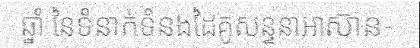
ឆ្នាំ នៃទំនាក់ទំនងដៃគូសន្ទនាអាស៊ាន-